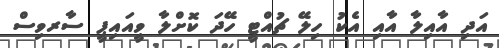
އަދި އާއިލާ އާއި އެކު ހިލޭ ޗުއްޓީ ހޭދަ ކޮށްލާ ވީއައިޕީ ސާރވިސް